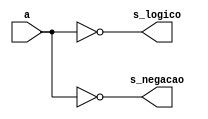
module operadoresLogicos(
	input [3:0] a,
	output s_logico,
	output [3:0] s_negacao
);

assign s_logico = !a;
assign s_negacao = ~a;

endmodule